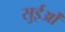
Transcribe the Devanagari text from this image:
सुईओं